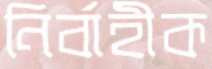
নির্বাহীক